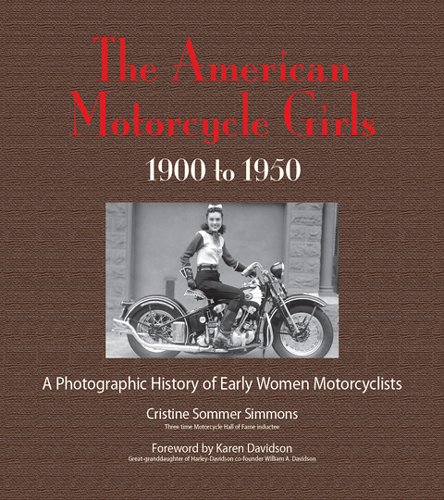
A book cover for The American Motorcycle Girls: A Photographic History Of Early Women Motorcyclists; Cristine Sommer Simmons; Arts & Photography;